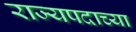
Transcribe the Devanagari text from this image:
राज्यपदाच्या